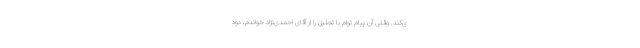
ی‌کند. وقتی آن پیام توام با تجلیل را از آقای احمدی‌نژاد خواندم، دود